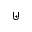
\uplus